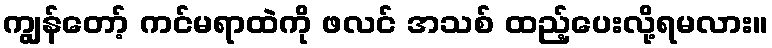
ကျွန်တော့် ကင်မရာထဲကို ဖလင် အသစ် ထည့်ပေးလို့ရမလား။